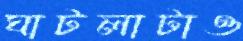
ঘাটলাটাও